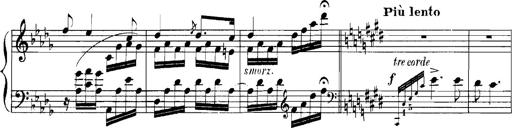
Title: Rhapsodies hongroises
Composer: Franz Liszt